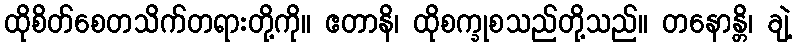
ထိုစိတ်စေတသိက်တရားတို့ကို။ ဧတာနိ၊ ထိုစက္ခုစသည်တို့သည်။ တနောန္တိ၊ ချဲ့